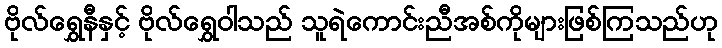
ဗိုလ်ရွှေနီနှင့် ဗိုလ်ရွှေဝါသည် သူရဲကောင်းညီအစ်ကိုများဖြစ်ကြသည်ဟု